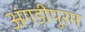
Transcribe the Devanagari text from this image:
अंगडीपुरम